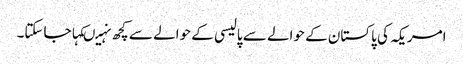
امریکہ کی پاکستان کے حوالے سے پالیسی کے حوالے سے کچھ نہیںکہاجاسکتا۔